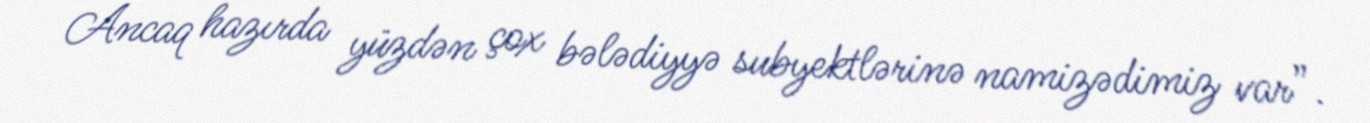
Ancaq hazırda yüzdən çox bələdiyyə subyektlərinə namizədimiz var”.